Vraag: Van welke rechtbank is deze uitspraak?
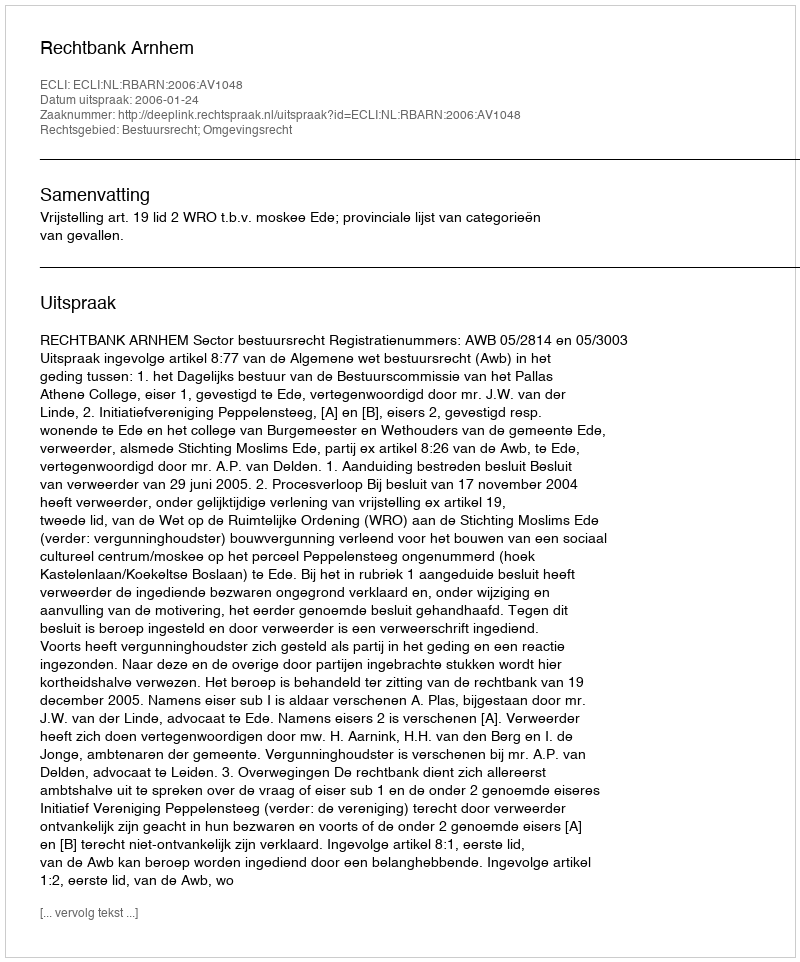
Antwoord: Rechtbank Arnhem